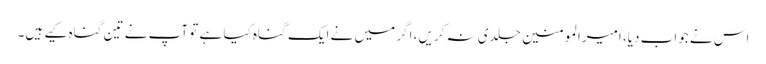
اس نے جواب دیا، امیرالمومنین جلدی نہ کریں، اگر میں نے ایک گناہ کیا ہے تو آپ نے تین گناہ کیے ہیں۔